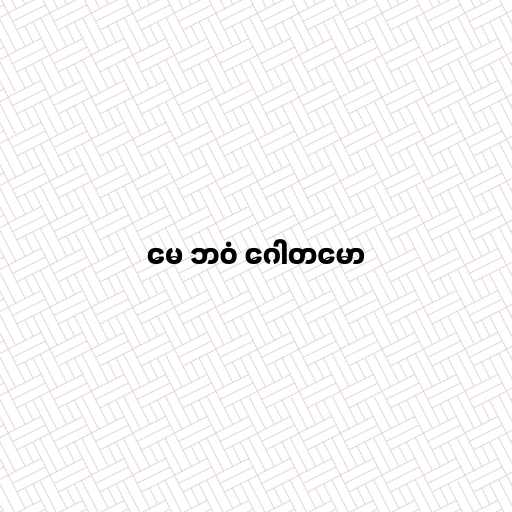
မေ ဘဝံ ဂေါတမော